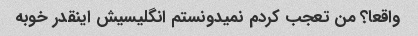
واقعا؟ من تعجب کردم نمیدونستم انگلیسیش اینقدر خوبه